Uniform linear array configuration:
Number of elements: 64
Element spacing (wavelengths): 0.75
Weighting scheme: hann
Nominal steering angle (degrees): -45
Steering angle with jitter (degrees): -46.686
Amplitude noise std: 0.05
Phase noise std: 0.05

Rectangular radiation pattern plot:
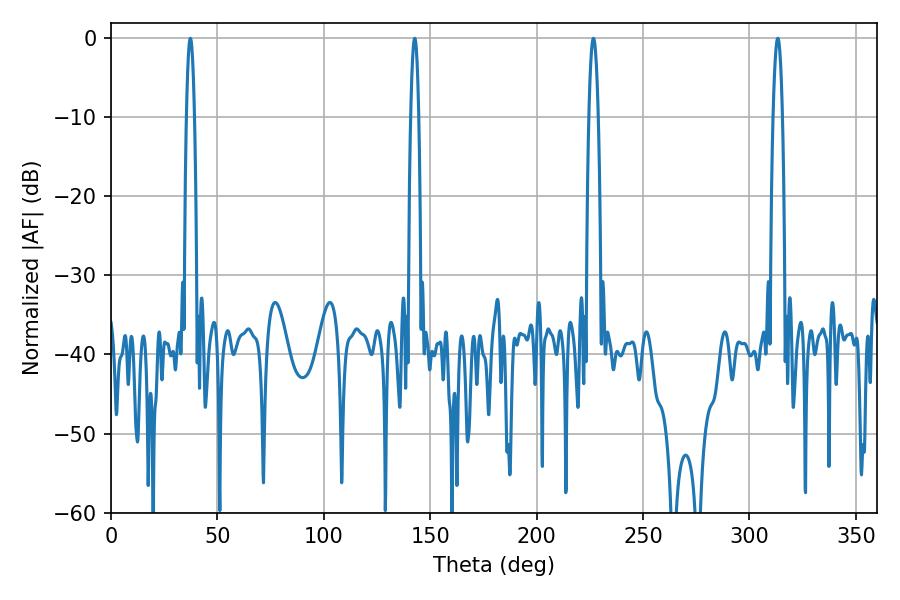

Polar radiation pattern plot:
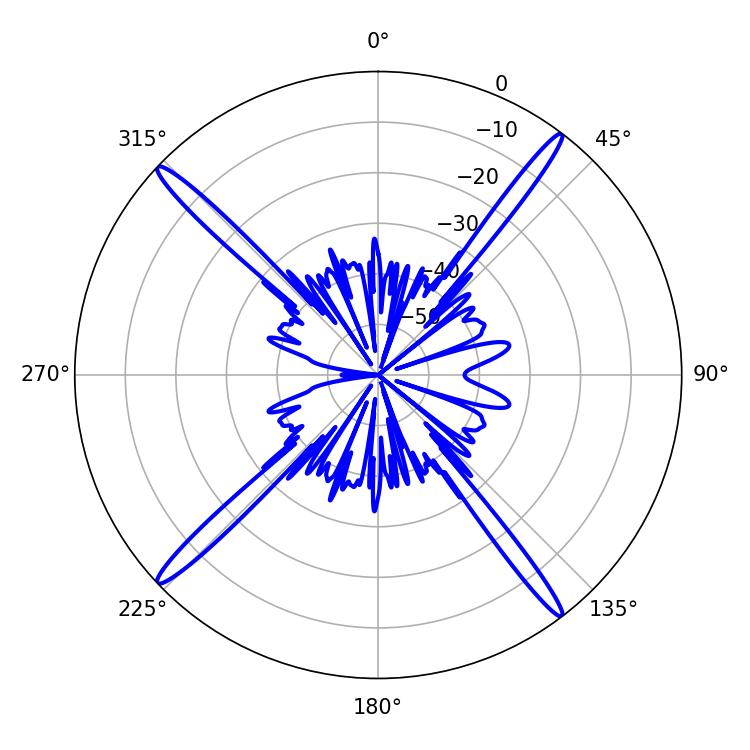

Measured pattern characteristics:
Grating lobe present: TRUE
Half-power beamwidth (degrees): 1.98
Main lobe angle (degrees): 37.26